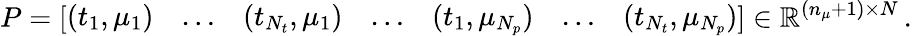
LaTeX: P=\left[\begin{array}{ccccccc}{(t_{1},\mu_{1})}&{\ldots}&{(t_{N_{t}},\mu_{1})}&{\ldots}&{(t_{1},\mu_{N_{p}})}&{\ldots}&{(t_{N_{t}},\mu_{N_{p}})}\end{array}\right]\in\mathbb{R}^{(n_{\mu}+1)\times N}\, .